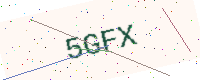
Text: 5GFX